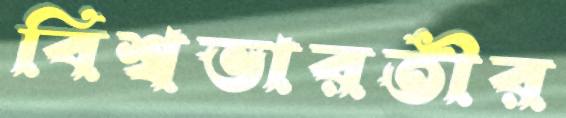
বিশ্বভারতীর